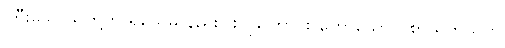
ကြီးသောသူတို့ကို ရိုသေမှု နည်းပါးလှကြောင်း ဟောသော ပစာယိကသုတ်